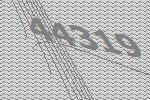
44319